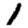
Digit: 1